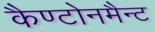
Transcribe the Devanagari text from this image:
कैण्टोनमैन्ट